Annual report on the working of the lock hospitals in the Central Provinces
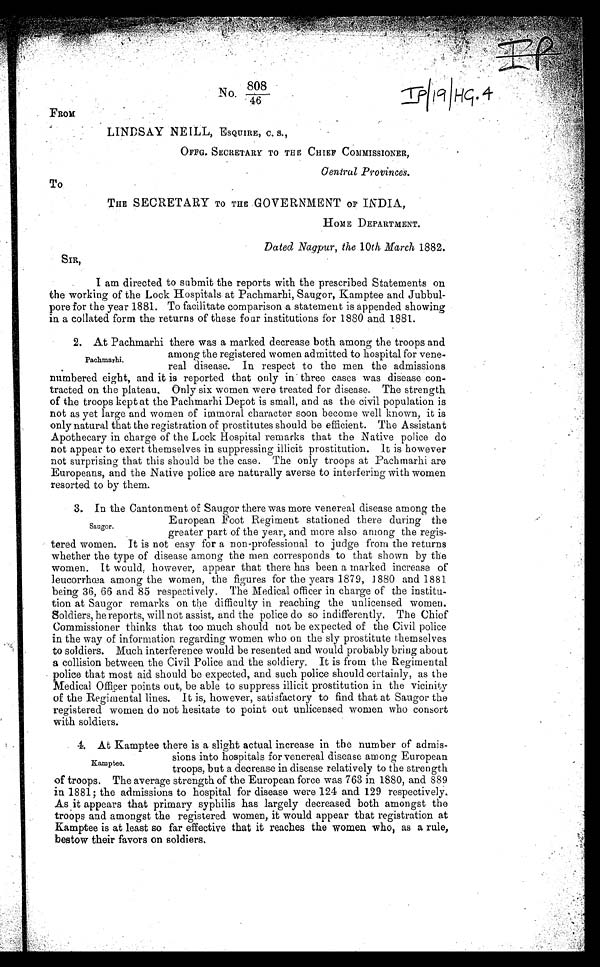
I P / 1 9 / H C . 4
N o . 8 0 8
/46
FROM
L INDSAY NEILL, ESQUIRE, c. s.,
OFFG. SECRETARY TO THE CHIEF COMMISSIONER,
Central Provinces.
To
THE SECRETARY TO THE GOVERNMENT OF INDIA,
HOME DEPARTMENT.
Dated Nagpur, the 10th March 1882.
SIR,
I am directed to submit the reports with the prescribed Statements on
the working of the Lock Hospitals at Pachmarhi, Saugor, Kamptee and Jubbul-
pore for the year 1881. To facilitate comparison a statement is appended showing
in a collated form the returns of these four institutions for 1880 and 1881.
Pachmarhi
2. At Pachmarhi there was a marked decrease both among the troops and
among the registered women admitted to hospital for vene-
real disease. In respect to the men the admissions
numbered eight, and it is reported that only in three cases was disease con-
tracted on the plateau. Only six women were treated for disease. The strength
of the troops kept at the Pachmarhi Depot is small, and as the civil population is
not as yet large and women of immoral character soon become well known, it is
only natural that the registration of prostitutes should be efficient. The Assistant
Apothecary in charge of the Lock Hospital remarks that the Native police do
not appear to exert themselves in suppressing illicit prostitution. It is however
not surprising that this should be the case. The only troops at Pachmarhi are
Europeans, and the Native police are naturally averse to interfering with women
resorted to by them.
Saugor.
3. In the Cantonment of Saugor there was more venereal disease among the
European Foot Regiment stationed there during the
greater part of the year, and more also among the regis-
tered women. It is not easy for a non-professional to judge from the returns
whether the type of disease among the men corresponds to that shown by the
women. It would, however, appear that there has been a marked increase of
leucorrhœa among the women, the figures for the years 1879, 1880 and 1881
being 36, 66 and 85 respectively. The Medical officer in charge of the institu-
tion at Saugor remarks on the difficulty in reaching the unlicensed women.
Soldiers, he reports, will not assist, and the police do so indifferently. The Chief
Commissioner thinks that too much should not be expected of the Civil police
in the way of information regarding women who on the sly prostitute themselves
to soldiers. Much interference would be resented and would probably bring about
a collision between the Civil Police and the soldiery. It is from the Regimental
police that most aid should be expected, and such police should certainly, as the
Medical Officer points out, be able to suppress illicit prostitution in the vicinity
of the Regimental lines. It is, however, satisfactory to find that at Saugor the
registered women do not hesitate to point out unlicensed women who consort
with soldiers.
Kamptee
4. At Kamptee there is a slight actual increase in the number of admis-
sions into hospitals for venereal disease among European
troops, but a decrease in disease relatively to the strength
of troops. The average strength of the European force was 763 in 1880, and 889
in 1881; the admissions to hospital for disease were 124 and 129 respectively.
As it appears that primary syphilis has largely decreased both amongst the
troops and amongst the registered women, it would appear that registration at
Kamptee is at least so far effective that it reaches the women who, as a rule,
bestow their favors on soldiers.